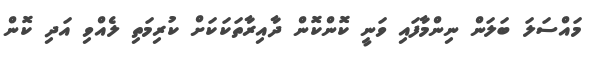
މައްސަލަ ބަލަން ނިންމާފައި ވަނީ ކޮންކޮން ދާއިރާތަކަކަށް ކުރިމަތި ލެއްވި އަދި ކޮން